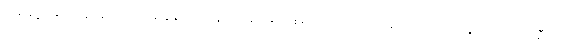
တစ်ချို့ ချောင်းနှစ်ခုသည် တစ်ခုနှင့် တစ်ခုလှမ်း၍ မြင်နေရသော်လည်း တစ်ချောင်းက မြောက်ဘက်သို့စီး၍